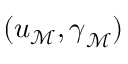
( \boldsymbol { u } _ { \mathcal { M } } , \boldsymbol { \gamma } _ { \mathcal { M } } )